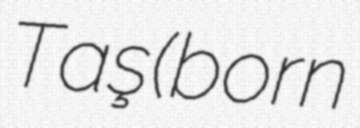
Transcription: Taş (born